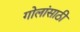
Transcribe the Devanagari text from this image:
गोलांसाठी